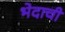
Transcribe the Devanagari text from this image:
भेदाची